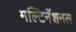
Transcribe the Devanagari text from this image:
मल्टिनॅशनल